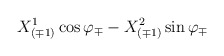
\begin{align*}{X^1_{(\mp 1)} \cos\varphi_\mp - X^2_{(\mp 1)} \sin\varphi_\mp }\end{align*}